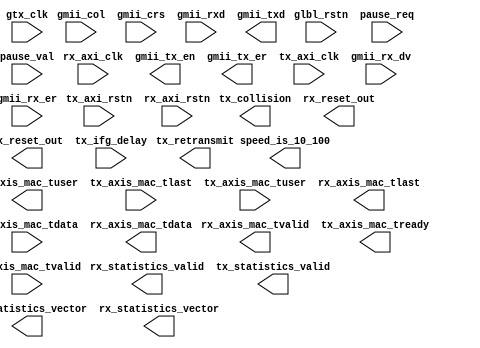
module v6_emac_v2_2 (
  rx_axi_clk, glbl_rstn, rx_axis_mac_tuser, gmii_col, gmii_crs, gmii_tx_en, tx_axi_rstn, gmii_tx_er, tx_collision, rx_axi_rstn, tx_axis_mac_tlast, 
tx_retransmit, tx_axis_mac_tuser, rx_axis_mac_tvalid, rx_statistics_valid, tx_statistics_valid, rx_axis_mac_tlast, speed_is_10_100, gtx_clk, 
rx_reset_out, tx_reset_out, tx_axi_clk, gmii_rx_dv, gmii_rx_er, tx_axis_mac_tready, tx_axis_mac_tvalid, pause_req, tx_statistics_vector, pause_val, 
rx_statistics_vector, gmii_rxd, tx_ifg_delay, tx_axis_mac_tdata, rx_axis_mac_tdata, gmii_txd
)/* synthesis syn_black_box syn_noprune=1 */;
  input rx_axi_clk;
  input glbl_rstn;
  output rx_axis_mac_tuser;
  input gmii_col;
  input gmii_crs;
  output gmii_tx_en;
  input tx_axi_rstn;
  output gmii_tx_er;
  output tx_collision;
  input rx_axi_rstn;
  input tx_axis_mac_tlast;
  output tx_retransmit;
  input tx_axis_mac_tuser;
  output rx_axis_mac_tvalid;
  output rx_statistics_valid;
  output tx_statistics_valid;
  output rx_axis_mac_tlast;
  output speed_is_10_100;
  input gtx_clk;
  output rx_reset_out;
  output tx_reset_out;
  input tx_axi_clk;
  input gmii_rx_dv;
  input gmii_rx_er;
  output tx_axis_mac_tready;
  input tx_axis_mac_tvalid;
  input pause_req;
  output [31 : 0] tx_statistics_vector;
  input [15 : 0] pause_val;
  output [27 : 0] rx_statistics_vector;
  input [7 : 0] gmii_rxd;
  input [7 : 0] tx_ifg_delay;
  input [7 : 0] tx_axis_mac_tdata;
  output [7 : 0] rx_axis_mac_tdata;
  output [7 : 0] gmii_txd;
  
endmodule